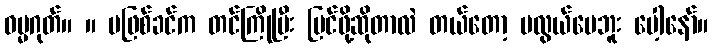
ဓမ္မဂုတ်။ ။ မဖြစ်ခင်က တင်ကြိုပြီး မြင်ဖို့ဆိုတာလဲ တယ်တော့ မလွယ်ပေဘူး ပေါ့နော်။